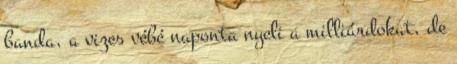
banda, a vizes vébé naponta nyeli a milliárdokat, de